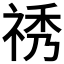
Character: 𥙾